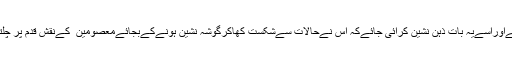
اسےعظیم شخصیات کےحالات و واقعات اورکارناموں سےآگاہ کیاجائےاوراسےیہ بات ذہن نشین کرائی جائےکہ اس نےحالات سےشکست کھاکرگوشہ نشین ہونےکےبجائےمعصومین ؑ کےنقش قدم پر چلتےہوئےانسانی معاشرےکےدرمیان زندگی گزارکرانسان کامل بننا ہے۔